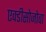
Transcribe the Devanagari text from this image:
एक्डीसोजोवा